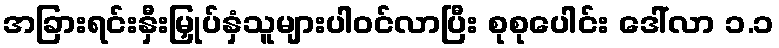
အခြားရင်းနှီးမြှုပ်နှံသူများပါဝင်လာပြီး စုစုပေါင်း ဒေါ်လာ ၁.၁